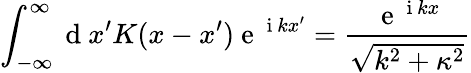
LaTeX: \int_{-\infty}^{\infty}\mathrm{~d~}x^{\prime}K(x-x^{\prime})\mathrm{~e~}^{\mathrm{~i~}kx^{\prime}}=\frac{\mathrm{~e~}^{\mathrm{~i~}kx}}{\sqrt{k^{2}+\kappa^{2}}}